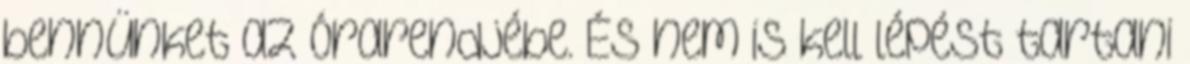
bennünket az órarendjébe. És nem is kell lépést tartani